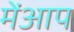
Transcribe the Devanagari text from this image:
मेंआप